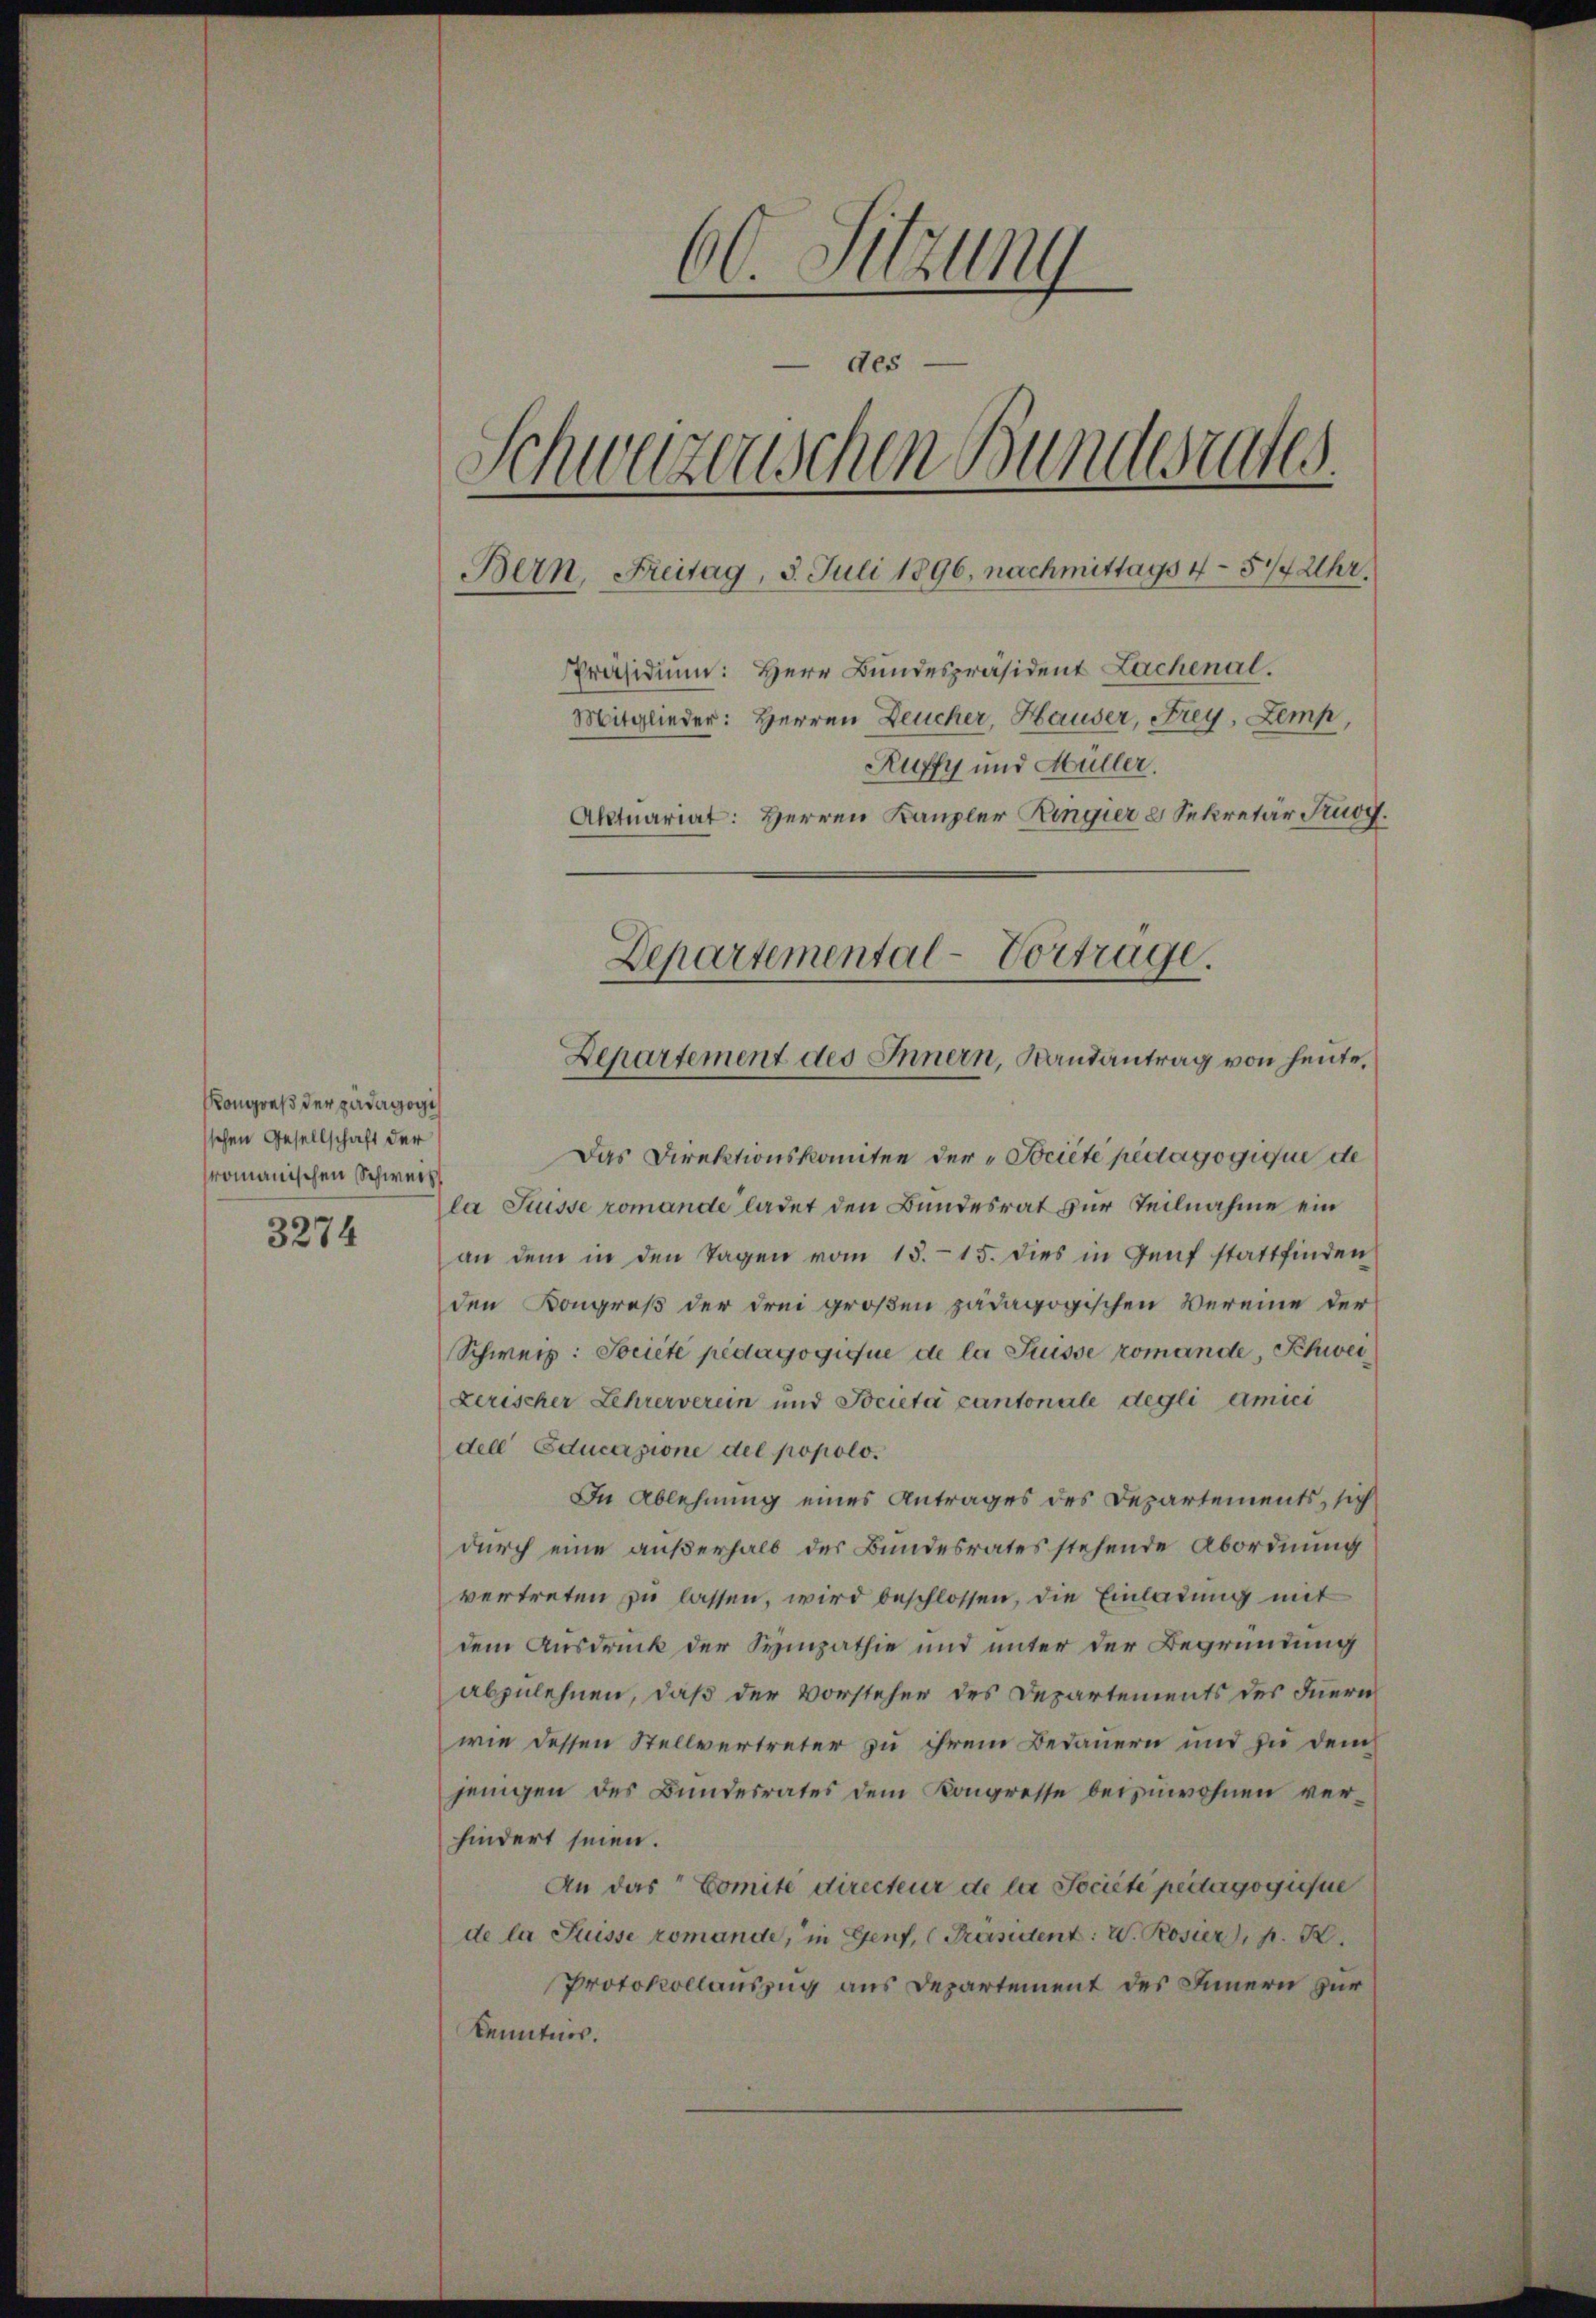
Kongreß der padagogis
schen Gesellschaft der
romanischen Schweiz

3274

60. Setzung
—
 des
Schweizerischen Bundesrates.
Bern, Freitag, 5. Juli 1896, nachmittags 4-57/4 Uhr.
Präsidium: Herr Bundespräsident Lachenal.
Mitglieder: Herren Deucher, Hauser, Frey, Zemp,
Ruffy und Müller.
Aktuariat: Herren Kanzler Ringier 8 Sekretär Kruoy.

Das Direktionskomitee der "Société pedagogique de
la Suisse romande ladet den Bundesrat zur Teilnahme ein
an dem in den Tagen vom 15. 15. dies in Genf stattfinden
den Kongreß der drei großen pädagogischen Vereine der
Schweiz: Société pedagogique de la Suisse romande, Schwei
Lerischer Lehrerverein und Societa cantonale degli amici
dell Educazione del popolo.
In Ablehnung eines Antrages des Departements, sich
durch eine außerhalb der Bundesrates stehende Abordnung
vertreten zu lassen, wird beschlossen, die Einladung mit
dem Ausdruck der Sympathie und unter der Begründung
abzulehnen, daß der Vorsteher des Departements des Inern
wie dessen Stellvertreter zu ihrem Bedauern und zu dem
jenigen des Bundesrates dem Kongresse beizuwohnen verhindert seien.
An das Comite directeur de la Société pedagogique
de la Puisse romande, in Genf, Präsident: W. Rosier, . .
Protokollauszug aus Departement des Innern zur
kenntnis.

Departemental-Vortrage.
Departement des Innern, Randantrag von heute,